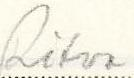
Ritva